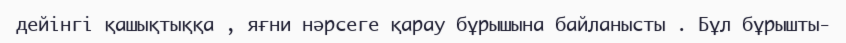
дейінгі қашықтыққа , яғни нәрсеге қарау бұрышына байланысты . Бұл бұрышты-